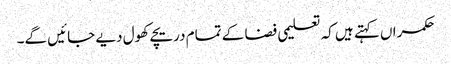
حکمراں کہتے ہیں کہ تعلیمی فضا کے تمام دریچے کھول دیے جائیں گے۔